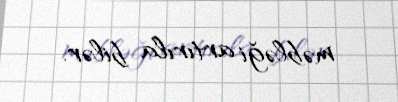
məbləği artırıla bilər.